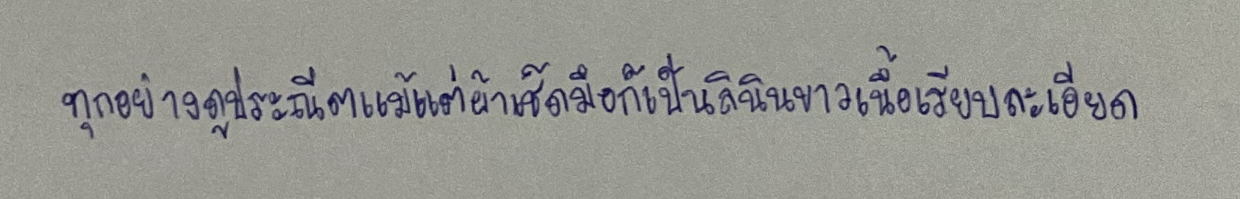
ทุกอย่างดูประณีตแม้แต่ผ้าเช็ดมือก็เป็นลินินขาวเนื้อเรียบละเอียด